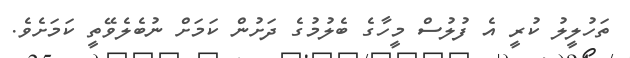
ތަހުލީލު ކުރީ އެ ފުލުސް މީހާގެ ބެލުމުގެ ދަށުން ކަމަށް ނުބެލެވޭތީ ކަމަށެވެ.